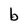
Character: b